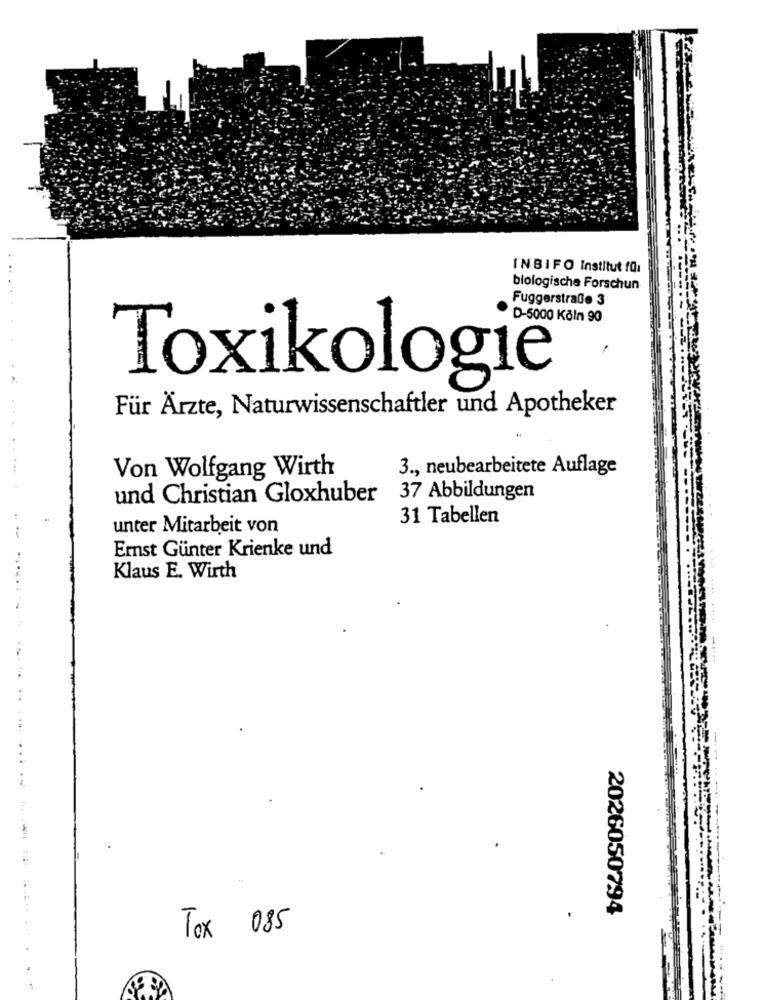
INBIFO Institut fü:
biologische Forschun
Fuggerstraße 3
D-5000 Köln 90
Toxikologie
Für Ärzte, Naturwissenschaftler und Apotheker
3 ., neubearbeitete Auflage
Von Wolfgang Wirth
und Christian Gloxhuber 37 Abbildungen
31 Tabellen
unter Mitarbeit von
Ernst Günter Krienke und
Klaus E. Wirth
2026050794
Tex 085